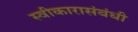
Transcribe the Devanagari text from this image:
स्वीकारासंबंधी